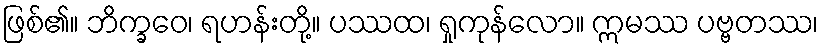
ဖြစ်၏။ ဘိက္ခဝေ၊ ရဟန်းတို့။ ပဿထ၊ ရှုကုန်လော။ ဣမဿ ပဗ္ဗတဿ၊